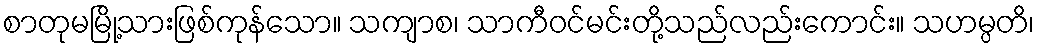
စာတုမမြို့သားဖြစ်ကုန်သော။ သကျာစ၊ သာကီဝင်မင်းတို့သည်လည်းကောင်း။ သဟမ္ပတိ၊